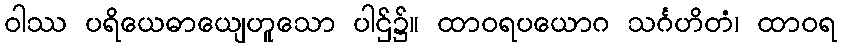
ဝါဿ ပရိယေဓာယျေဟူသော ပါဌ်၌။ ထာဝရပယောဂ သင်္ဂဟိတံ၊ ထာဝရ